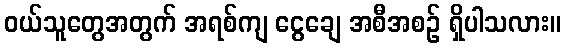
ဝယ်သူတွေအတွက် အရစ်ကျ ငွေချေ အစီအစဉ် ရှိပါသလား။